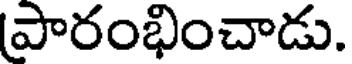
పారంభించాడు.